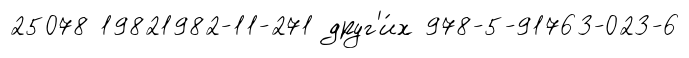
25078 19821982-11-271 друг'и́х 978-5-91763-023-6